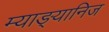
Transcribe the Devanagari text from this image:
म्याङ्यानिज